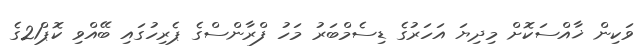
ވަކިން ޚާއްސަކޮށް މިދިޔަ އަހަރުގެ ޑިސެމްބަރު މަހު ފްރާންސްގެ ޕެރިހުގައި ބޭއްވި ކޮޕް21ގެ